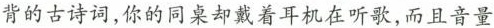
背的古诗词，你的同桌却戴着耳机在听歌，而且音量